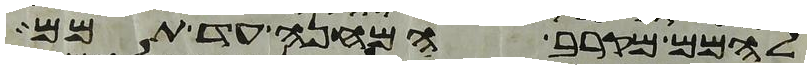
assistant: להמם מקרב המחנה עד תמם